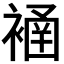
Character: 𧜄